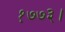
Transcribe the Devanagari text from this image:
१७७३।